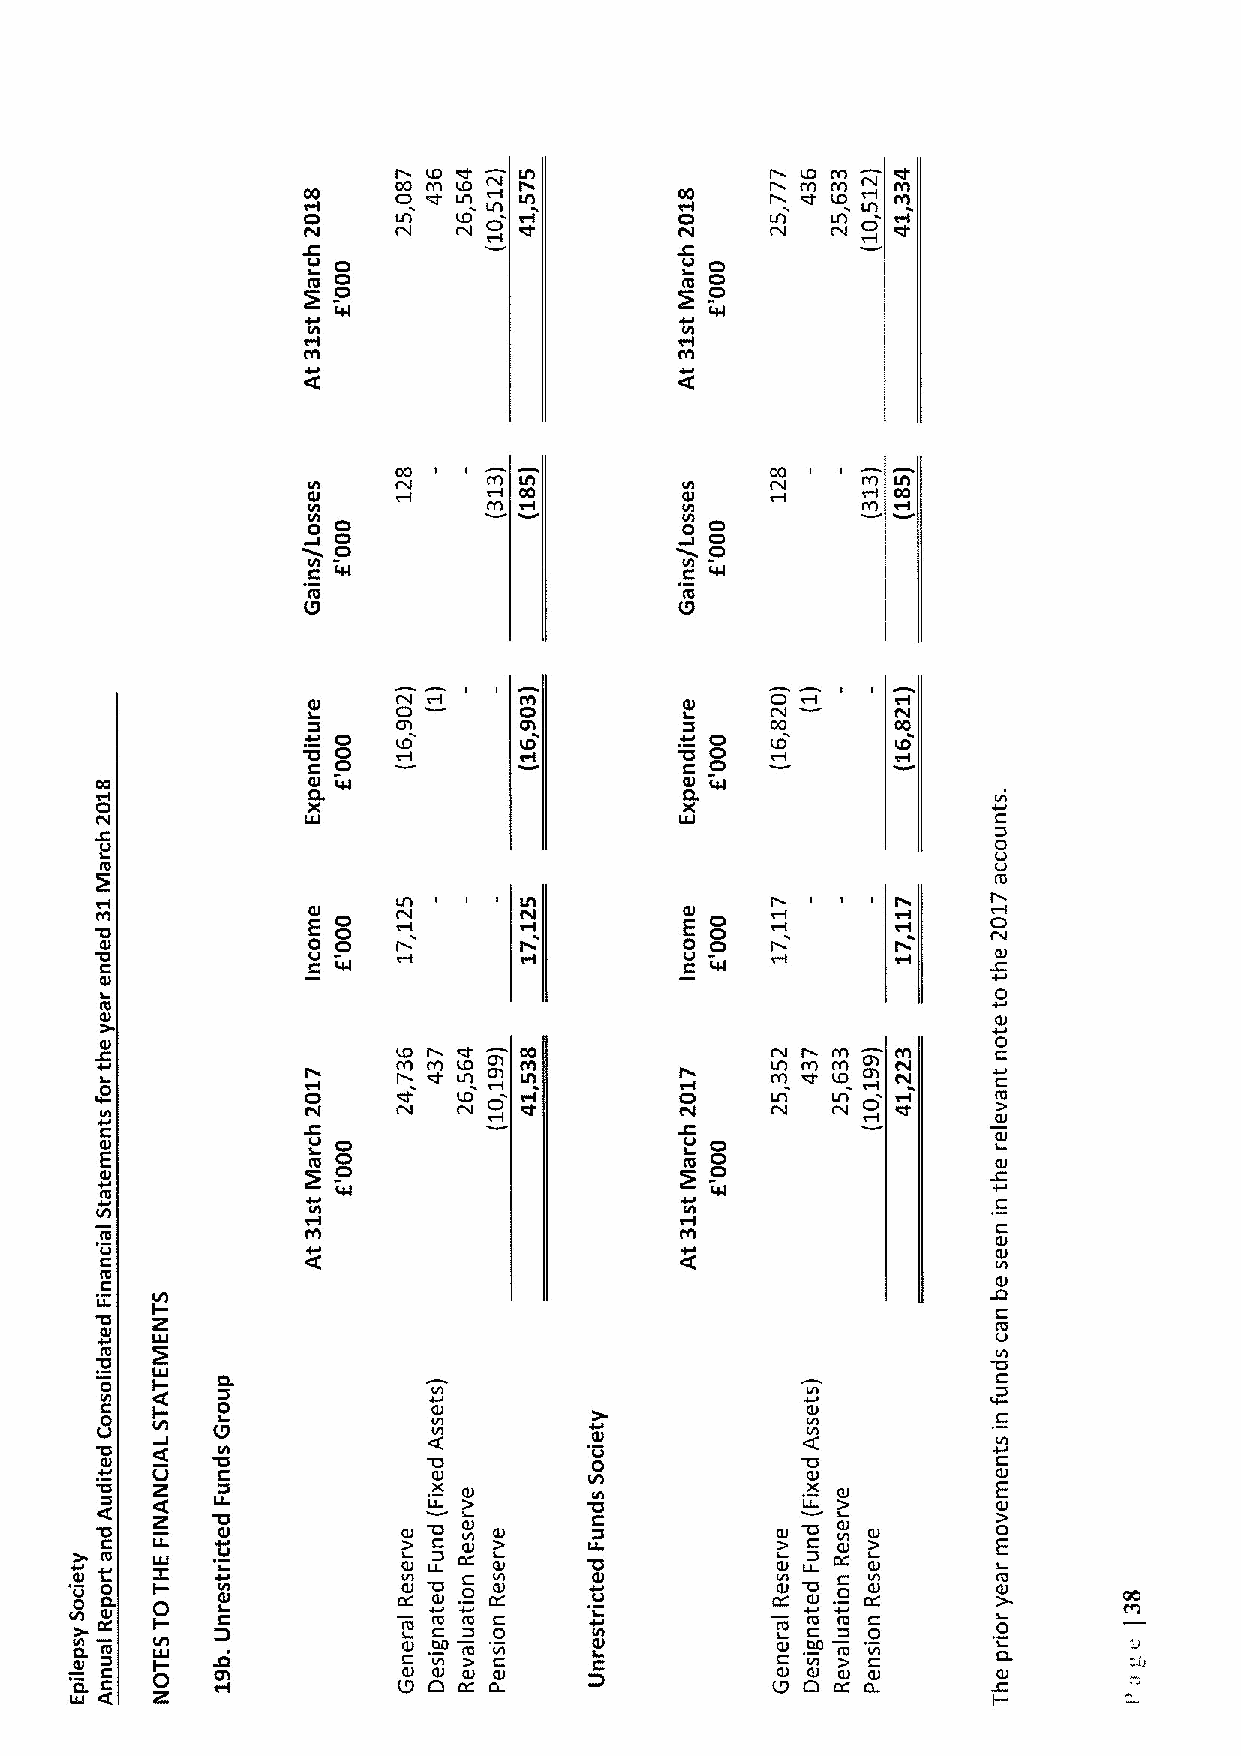
LD                     P LD
 C0C N LD                     IYl
 CO      «t N             CO
 O     N   ID 0           O     LA  LA
 tel                      tel
 0 0                      u 0
 O                        O
 tg O                     tg O
 W                        LU
 CA
 «t                       «t
 CQ
 tA
 I/I 0                    Ih
 0                        O0
 I/I                        W
 tg                       tg
 l3                       U
 0
 Ol    A0J     I OA       Q
 Ol      Ol           0   CQ
 O O0 ID     ID         I 0 0 ID
 CO            Q W                      Q W
 0
 X                        X                    +
 UJ                       UJ                   C
 0
 i
 tg
 0           LA           0
 t 0h          E 0           AJ         E                    Cl
 0 0                      0 0
 t0g
 QJ
 W                      C LU
 tg                                                         0
 I
 Ql
 Ol                                                         QJ
 0
 Ql                         CC                       I/I
 + I0          p       I rA t Ol LA     I     IlA A C OA l C CQJ + C
 «-            CI        'LD            CI    LA  N          tg
 «II           /O         nl
 Ql
 C              0
 IJ                   Ql
 IC
 E            tg O                     tg O O               Ql
 P
 tg             W
 C
 IA
 C
 tg
 I CJ
 Ig:                      Z
 Q QJ
 I CO                                                       Q
 IIA-                                                    JD
 0                                                          C
 Ig                                                         tg
 '0tg                                                        0
 0  UI-J                                                    C
 C  I-
 0                                                          C
 Vl
 0      Ih             0         Q I 0Jl       « 0L         C
 +Q 0l V 2 C            QXl       Vl            QXl          Q El
 OJ      '0              Ql
 "/Q 0
 L 0U
 )
 U-
 C
 U            Q 0l
 Q
 C                     C                       C            E
 IU                  i Ql U Ql               Ql U  I Q      I
 V0) C0
 C
 Q
 I C/I        Q tgl 0
 Q tgl
 0
 IU
 t
 C
 0/I   Q
 L lh.
 Q
 tg
 +t tg
 g
 +0
 IU
 i
 C
 0h       I O i0g l
 t CCg V U 0Jl
 CA
 Ct C
 O
 Dg
 J
 0C t Q/IQ
 J
 t Qg
 J
 CI C
 Q
 U/I
 l
 DQ Cl       C
 Ql
 CC I Qh lJC t) Qg CI C
 Q
 U/I
 l
 i0 Ql.